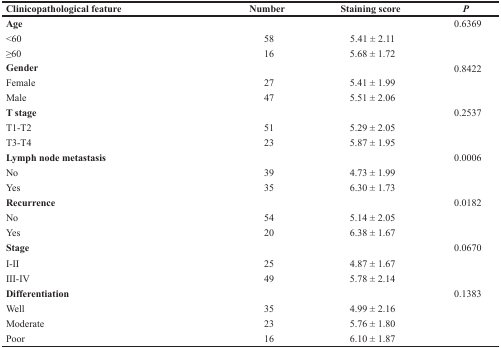
<table><thead><tr><td><b>Clinicopathological feature</b></td><td><b>Number</b></td><td><b>Staining score</b></td><td><b><i>P</i></b></td></tr></thead><tbody><tr><td><b>Age</b></td><td></td><td></td><td>0.6369</td></tr><tr><td>&lt;60</td><td>58</td><td>5.41 ± 2.11</td><td></td></tr><tr><td>≥60</td><td>16</td><td>5.68 ± 1.72</td><td></td></tr><tr><td><b>Gender</b></td><td></td><td></td><td>0.8422</td></tr><tr><td>Female</td><td>27</td><td>5.41 ± 1.99</td><td></td></tr><tr><td>Male</td><td>47</td><td>5.51 ± 2.06</td><td></td></tr><tr><td><b>T stage</b></td><td></td><td></td><td>0.2537</td></tr><tr><td>T1-T2</td><td>51</td><td>5.29 ± 2.05</td><td></td></tr><tr><td>T3-T4</td><td>23</td><td>5.87 ± 1.95</td><td></td></tr><tr><td><b>Lymph node metastasis</b></td><td></td><td></td><td>0.0006</td></tr><tr><td>No</td><td>39</td><td>4.73 ± 1.99</td><td></td></tr><tr><td>Yes</td><td>35</td><td>6.30 ± 1.73</td><td></td></tr><tr><td><b>Recurrence</b></td><td></td><td></td><td>0.0182</td></tr><tr><td>No</td><td>54</td><td>5.14 ± 2.05</td><td></td></tr><tr><td>Yes</td><td>20</td><td>6.38 ± 1.67</td><td></td></tr><tr><td><b>Stage</b></td><td></td><td></td><td>0.0670</td></tr><tr><td>I-II</td><td>25</td><td>4.87 ± 1.67</td><td></td></tr><tr><td>III-IV</td><td>49</td><td>5.78 ± 2.14</td><td></td></tr><tr><td><b>Differentiation</b></td><td></td><td></td><td>0.1383</td></tr><tr><td>Well</td><td>35</td><td>4.99 ± 2.16</td><td></td></tr><tr><td>Moderate</td><td>23</td><td>5.76 ± 1.80</td><td></td></tr><tr><td>Poor</td><td>16</td><td>6.10 ± 1.87</td><td></td></tr></tbody></table>